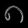
Digit: ၈